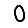
Digit: 0